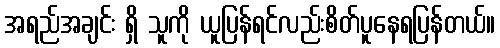
အရည်အချင်း ရှိ သူကို ယူပြန်ရင်လည်းစိတ်ပူနေရပြန်တယ်။